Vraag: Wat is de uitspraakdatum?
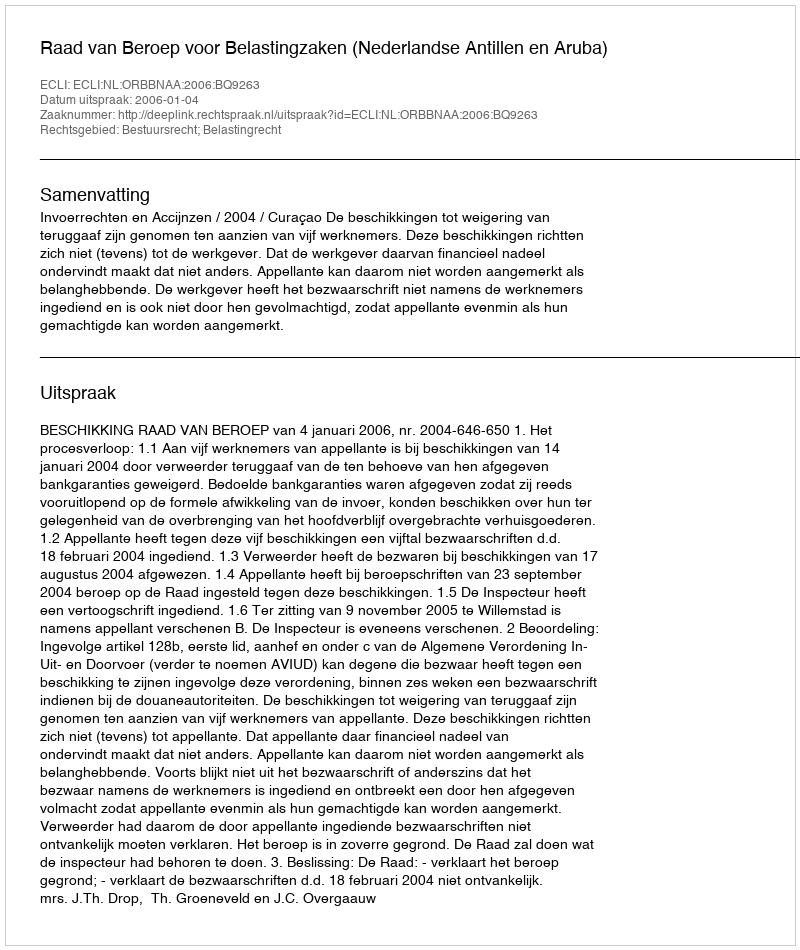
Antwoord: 2006-01-04